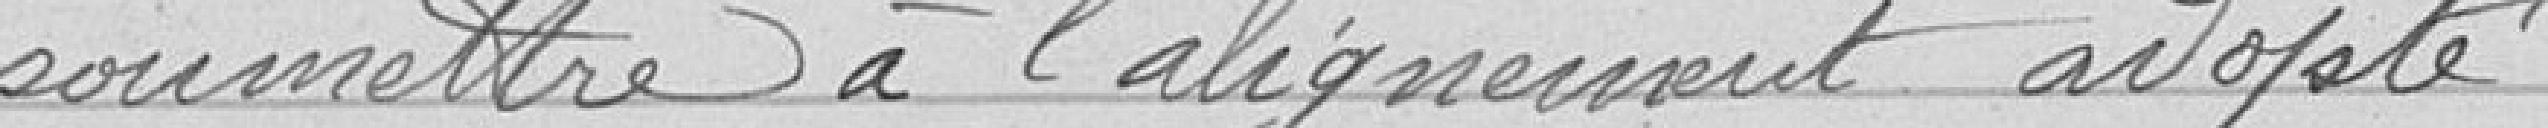
soumettre à l'alignement adopté.